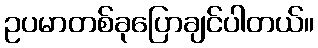
ဥပမာတစ်ခုပြောချင်ပါတယ်။